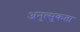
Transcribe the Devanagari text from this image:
अनुत्सुकता